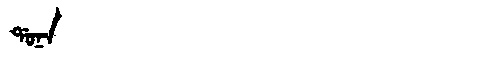
Manchu: ᡩᠣᠨᠠ
Romanization: DONA